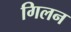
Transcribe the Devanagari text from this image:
गिलन